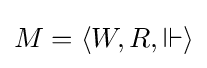
M=\langle W,R,{\Vdash }\rangle